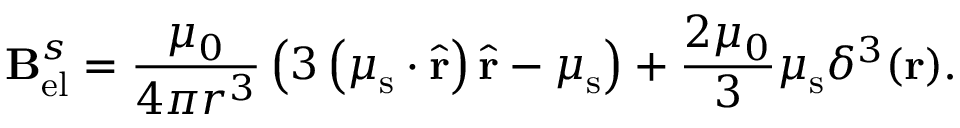
\mathbf { B } _ { \mathrm { e l } } ^ { s } = { \frac { \mu _ { 0 } } { 4 \pi r ^ { 3 } } } \left( 3 \left( { \boldsymbol { \mu } } _ { \mathrm { s } } \cdot { \hat { \mathbf { r } } } \right) { \hat { \mathbf { r } } } - { \boldsymbol { \mu } } _ { \mathrm { s } } \right) + { \frac { 2 \mu _ { 0 } } { 3 } } { \boldsymbol { \mu } } _ { \mathrm { s } } \delta ^ { 3 } ( \mathbf { r } ) .